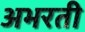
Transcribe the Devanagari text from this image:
अभरती